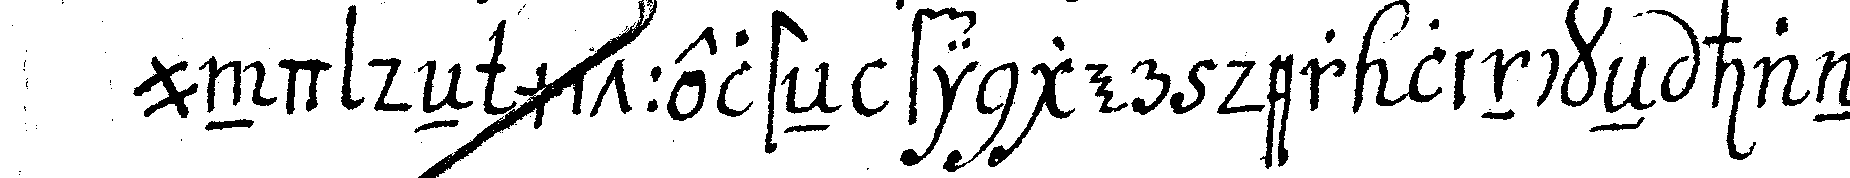
und deN mittelsteN finger der linckeN hand .